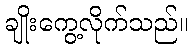
ချိုးကွေ့လိုက်သည်။